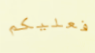
فعليكم